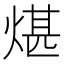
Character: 煁